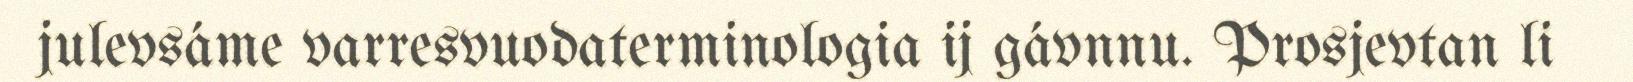
julevsáme varresvuodaterminologia ij gávnnu. Prosjevtan li